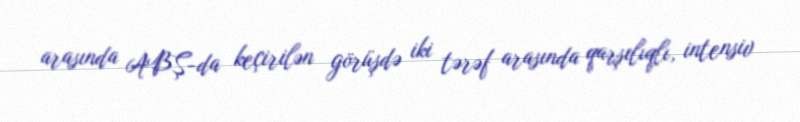
arasında ABŞ-da keçirilən görüşdə iki tərəf arasında qarşılıqlı, intensiv